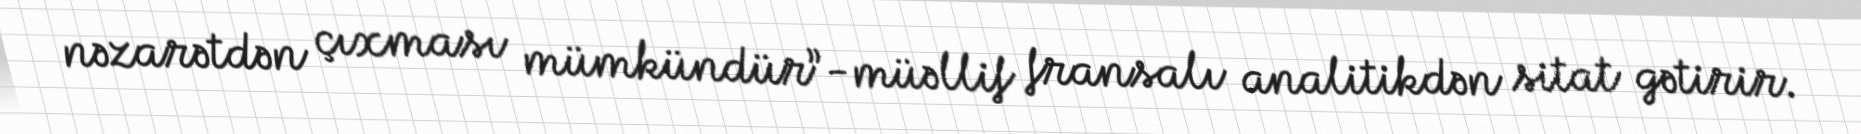
nəzarətdən çıxması mümkündür”-müəllif fransalı analitikdən sitat gətirir.